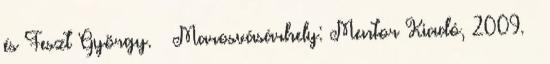
és Feszt György. – Marosvásárhely: Mentor Kiadó, 2009. –